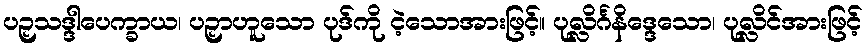
ပဉှသဒ္ဒါပေက္ခာယ၊ ပဉှာဟူသော ပုဒ်ကို ငဲ့သောအားဖြင့်။ ပုလ္လိင်္ဂနိဒ္ဒေသော၊ ပုလ္လိင်အားဖြင့်